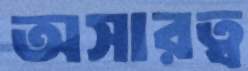
অসারত্ব